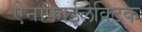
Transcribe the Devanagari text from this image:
ऐनाफाईलेक्टिक